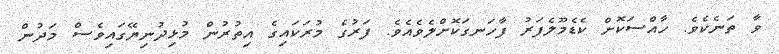
ވާ ތަނެކެވެ. ހާއްސަކޮށް ކެޑެމޫލެފަރު ފާހަނގަކޮށްލެވެއެވެ. ފަރުގެ މުރަކައިގެ އިތުރުން މުޅިދުނިޔޭގައިވެސް މަދުން